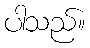
ပါသည်။